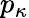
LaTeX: p_{\kappa}